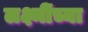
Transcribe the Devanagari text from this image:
लक्ष्मींच्या